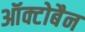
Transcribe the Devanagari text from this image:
ऑक्टोबैन